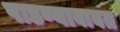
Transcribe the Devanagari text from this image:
पाडण्याबाबत